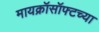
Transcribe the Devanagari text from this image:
मायक्रॉसॉफ्टच्या